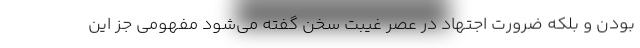
بودن و بلکه ضرورت اجتهاد در عصر غیبت سخن گفته می‌شود مفهومی جز این